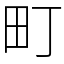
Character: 町